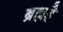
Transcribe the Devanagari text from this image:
ब्रह्महै